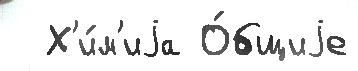
  Х'и́м'иjа О́бщиjе